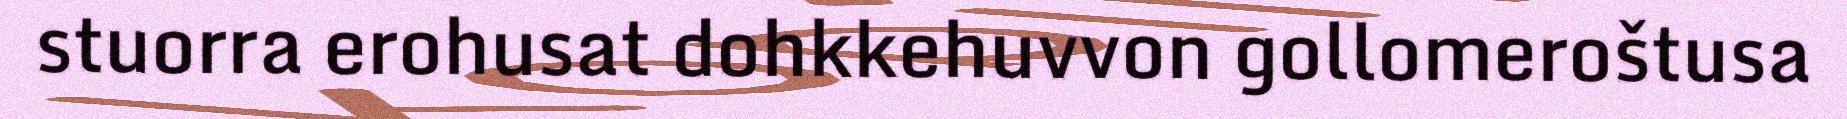
stuorra erohusat dohkkehuvvon gollomeroštusa